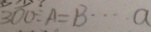
3 0 0 \div A = B \cdots a